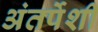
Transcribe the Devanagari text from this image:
अंतर्पेशी